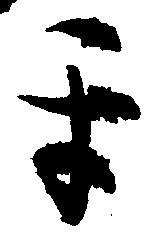
互